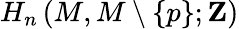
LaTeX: H_{n}\left(M,M\setminus\{ p\} ;\mathbf{Z}\right)